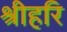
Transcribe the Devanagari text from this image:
श्रीहरि